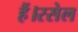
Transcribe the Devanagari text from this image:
हैं।रसेल